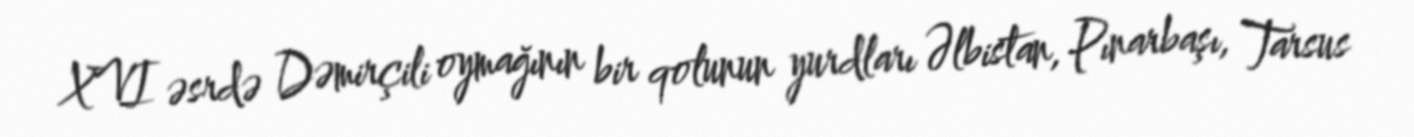
XVI əsrdə Dəmirçili oymağının bir qolunun yurdları Əlbistan, Pınarbaşı, Tarsus